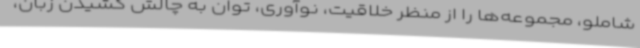
شاملو، مجموعه‌ها را از منظر خلاقیت، نوآوری، توان به چالش کشیدن زبان،